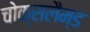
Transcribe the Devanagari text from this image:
चोक्सलैम्ड